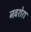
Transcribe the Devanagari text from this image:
नवशेरा